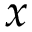
x